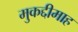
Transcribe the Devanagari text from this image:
मुकद्दीमाह